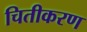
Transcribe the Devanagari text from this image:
चितीकरण